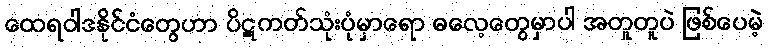
ထေရဝါဒနိုင်ငံတွေဟာ ပိဋကတ်သုံးပုံမှာရော ဓလေ့တွေမှာပါ အတူတူပဲ ဖြစ်ပေမဲ့